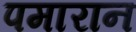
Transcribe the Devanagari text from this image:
पमारान